Report of the Hyderabad Chloroform Commission
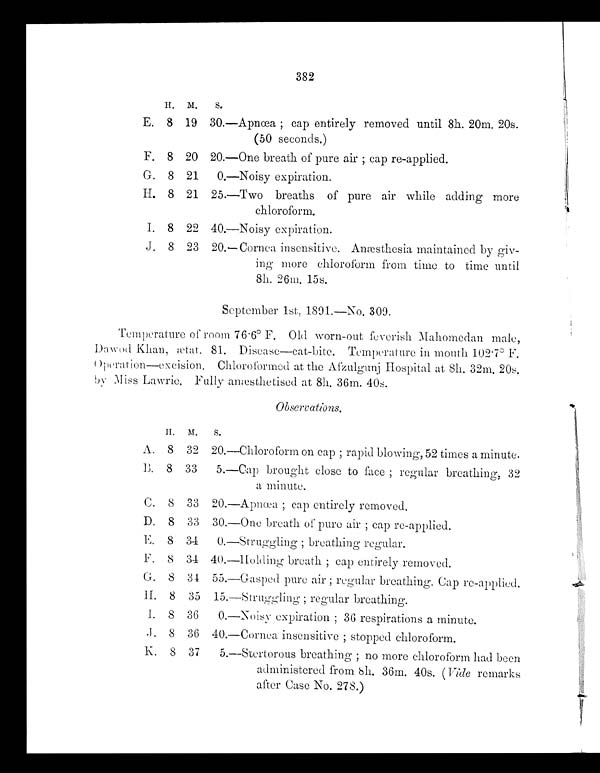
382
H. M
S.
E. 8 19 30.—Apnœa ; cap entirely removed until 8h. 20m. 20s.
(50 seconds.)
F. 8 20 20.—One breath of pure air ; cap re-applied.
G. 8 21
0.—Noisy expiration.
H. 8 21 25.—Two breaths of pure air while adding more
chloroform.
I. 8 22 40.—Noisy expiration.
J. 8 23 20.—Cornea insensitive. Anæsthesia maintained by giv--
ing more chloroform from time to time until
8h. 26m. 15s.
September 1st, 1891.-No. 309.
Temperature of room 76 . 6° F. Old worn-out feverish Mahomedan male,
Dawod Khan, ætat. 81. Disease—cat-bite. Temperature in mouth 102.7° F.
operation—excision. Chloroformed at the Afzulgunj Hospital at 8h. 32m. 20s.
by Miss Lawrie. Fully anæsthetised at 8h. 36m. 40s.
Observations.
H . M.
S.
A. 8 32 20.—Chloroform on cap ; rapid blowing, 52 times a minute.
B. 8 33 5.—Cap brought close to face ; regular breathing, 32
a minute.
C. 8 33 20.—Apnœa ; cap entirely removed.
D. 8 33 30.—One breath of pure air ; cap re-applied.
E. 8 34
0.—Struggling ; breathing regular.
F. 8 34 40.—Holding breath ; cap entirely removed.
G. 8 34 55.—Gasped pure air ; regular breathing. Cap re-applied.
H . 8 3 5 1 5
.—Struggling ;
r e g u l a r b r e a t h i n g .
I. 8 36 0.—Noisy expiration ; 36 respirations a minute.
J. 8 36 40.—Cornea insensitive ; stopped chloroform.
K. 8 37 5.—Stertorous breathing ; no more chloroform had been
administered from 8h. 36m. 40s. ( Vide remarks
after Case No. 278.)